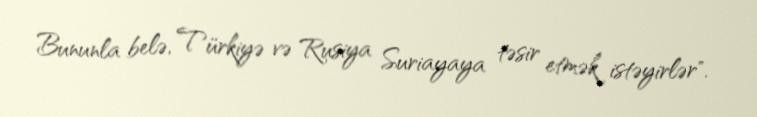
Bununla belə, Türkiyə və Rusiya Suriayaya təsir etmək istəyirlər".